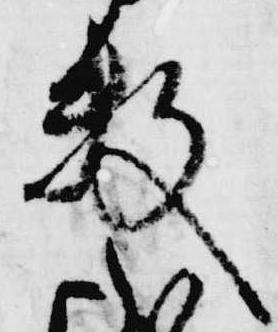
数